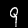
Label: 9